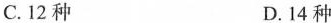
C. 12种 D. 14种